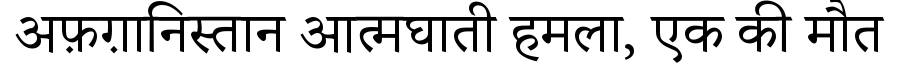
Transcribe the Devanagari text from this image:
अफ़ग़ानिस्तान आत्मघाती हमला, एक की मौत